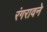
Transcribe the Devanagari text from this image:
रंगरावने